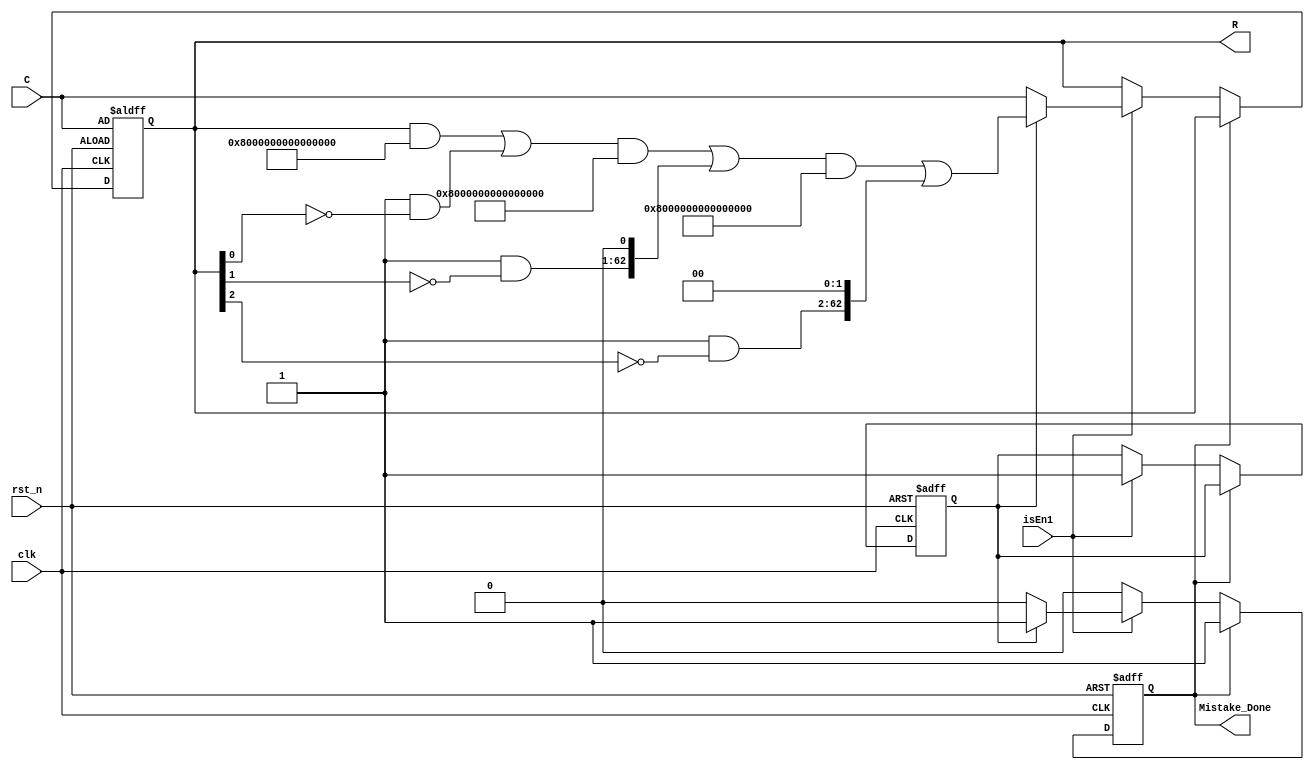
`timescale 1ns / 1ps

module mistake(
             clk,
             rst_n,
             C,
             isEn1,
             //ne,
             //l1,
             //l2,
             //l3,
             R,
				 Mistake_Done
             );
  input clk,rst_n;
  input [62:0] C; //input C is the output value C of module "encoder"
  input isEn1;
  wire [1:0] ne;
  wire [6:0] l1,l2,l3;
  assign ne=2'd3;
  assign l1=7'd0;
  assign l2=7'd1;
  assign l3=7'd2;
  //input [1:0] ne;  // ne is the number of errors, which can be 0, 1, 2 or 3
  //input [6:0] l1,l2,l3; //the location of the 1st,2nd,3rd mistake,0~62
  output [62:0] R;  //the 63-bit code with error(s)
  output Mistake_Done;
  reg [62:0] C_r;
//  reg [62:0] R;
 reg Pos;
  reg rMistake_Done;
  
  always@(posedge clk or negedge rst_n)
  begin
		if(!rst_n)
		begin
			C_r<=C;
			rMistake_Done<=1'b0;
			Pos<=1'b0;
		end
		else
		begin
			if(!Mistake_Done)
			begin
				if(isEn1)
				begin
					if(!Pos)
					begin
						Pos<=1'b1;
						C_r<=C;
					end
					else 
					begin
						case(ne)
							2'd1: begin C_r[l1]<=~C_r[l1]; rMistake_Done<=1'b1; end
							2'd2: begin C_r[l1]<=~C_r[l1]; C_r[l2]<=~C_r[l2]; rMistake_Done<=1'b1; end
							2'd3: begin C_r[l1]<=~C_r[l1]; C_r[l2]<=~C_r[l2]; C_r[l3]<=~C_r[l3]; rMistake_Done<=1'b1; end 
							2'd0: begin C_r<=C_r; rMistake_Done<=1'b1; end
						endcase	
					end
				end
			end
		end
  end
  assign R=C_r;
  assign Mistake_Done=rMistake_Done;
endmodule